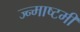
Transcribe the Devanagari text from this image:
ज्न्माष्टमी